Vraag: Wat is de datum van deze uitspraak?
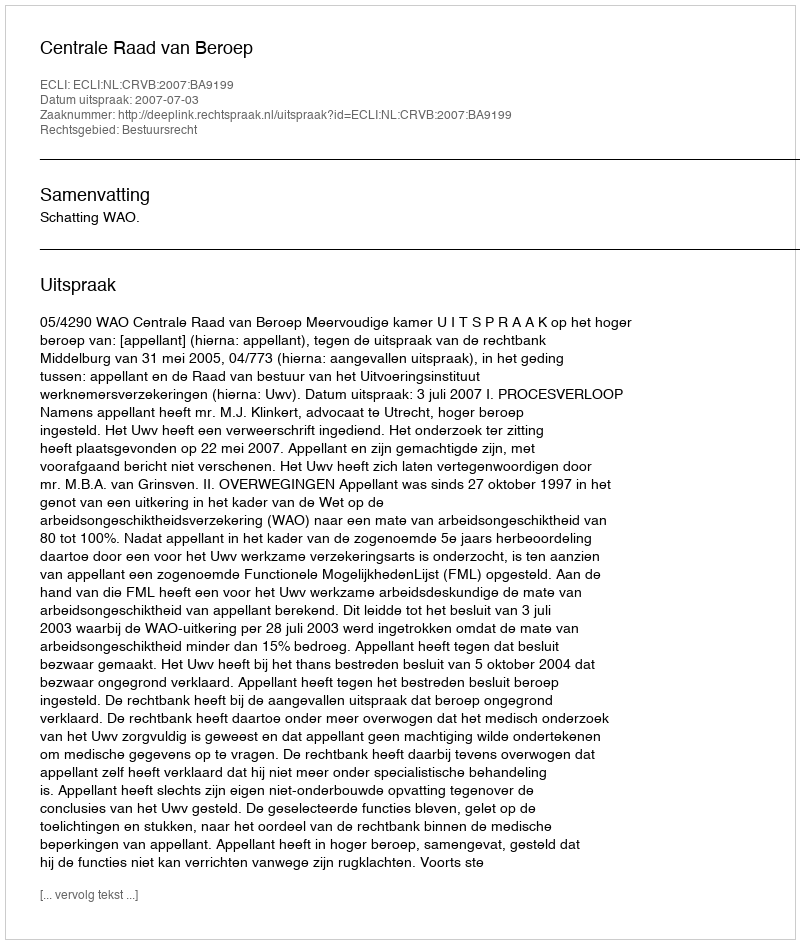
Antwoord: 2007-07-03